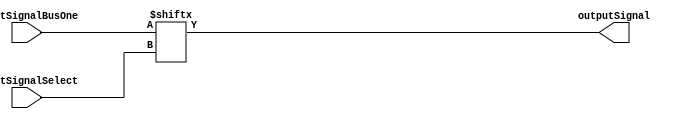
/**************************************************************************************************
*                  <2019> Interceptor
*          Please refer to license.txt for the 
*          legal contents of this software build
***************************************************************************************************
*Project:          Verilog Modules
*Description:      This file takes two inputs, one bus and one select to select a bus output
***************************************************************************************************
*Change History:
*   Version        Date            Author          Description
*   -------        ----            ------          -----------
*   1.0            29/01/18        Rubber-Duck-999 Creation of file
*
***************************************************************************************************
*Logic table:
*   Input 1  |     Select     |    Output
*   -----    |     -----      |    ------
*   00       |       0        |    0
*   01       |       0        |    1
*   10       |       0        |    0
*   11       |       1        |    1
*
***************************************************************************************************
*Parameters:
*   Name              Direction       Description
*   ----              ---------       ----
*   inputSignalBusOne Input           This is the first input signal
*   inputSignalSelect Input           This is the select input signal
*   outputSignal      Output          This is the output boolean signal 
*
***************************************************************************************************/
module MUX2_1
(
    inputSignalBusOne,
	inputSignalSelect,
    outputSignal
);

input  [1:0]  inputSignalBusOne;
input         inputSignalSelect;

output        outputSignal;

assign outputSignal = inputSignalBusOne[inputSignalSelect];

endmodule